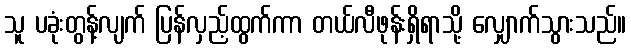
သူ ပခုံးတွန့်လျက် ပြန်လှည့်ထွက်ကာ တယ်လီဖုန်းရှိရာသို့ လျှောက်သွားသည်။